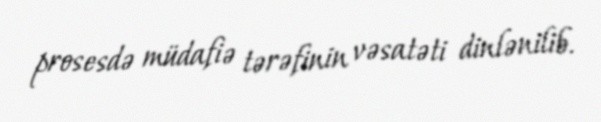
prosesdə müdafiə tərəfinin vəsatəti dinlənilib.